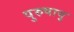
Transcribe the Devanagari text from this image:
पुरुषायु